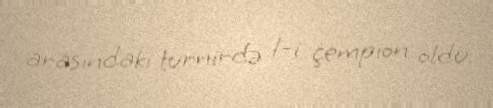
arasındakı turnirdə 1-i çempion oldu.